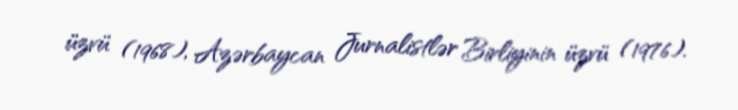
üzvü (1968), Azərbaycan Jurnalistlər Birliyinin üzvü (1976).